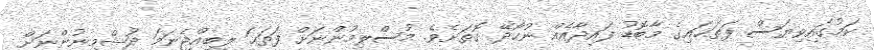
ކަމުގައިވިޔަސް ފަތަޙައިގެ މާބޮޑު ފައިދާއެއް ނުހޯދޭ ގޮތަށެވެ. މުސްލިމުންނަށް ފަތަޙަ ލިބިއްޖެނަމަ ދުޝްމިނުންނަށް